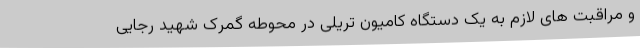
و مراقبت های لازم به یک دستگاه کامیون تریلی در محوطه گمرک شهید رجایی